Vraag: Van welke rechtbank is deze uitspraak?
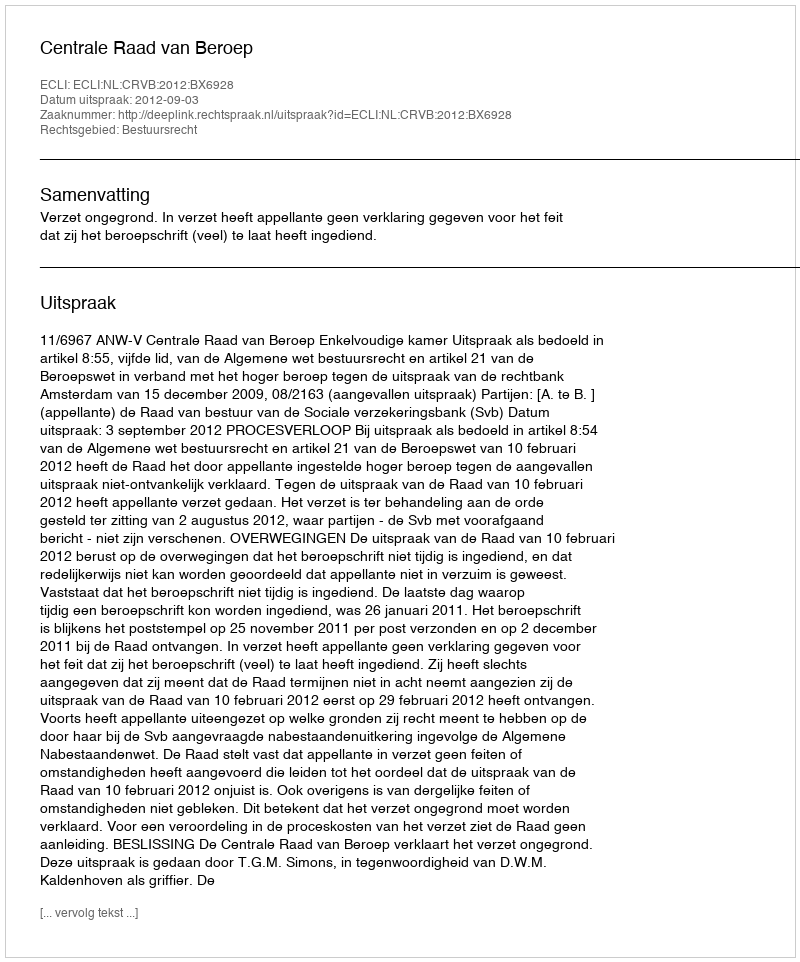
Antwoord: Centrale Raad van Beroep